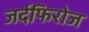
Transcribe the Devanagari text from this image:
जर्दफिरोज